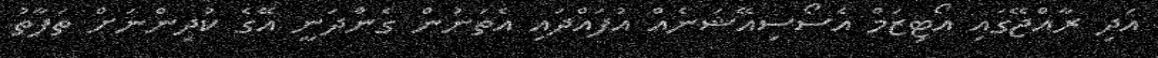
އަދި ރާއްޖޭގައި އޯޓިޒަމް އެސޯސިއޭޝަނެއް އުފައްދައި އެތަނުން ގެންދަނީ އޭގެ ކުދިންނަށް ތަފާތު